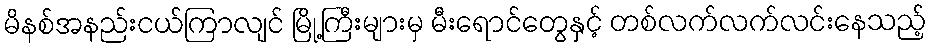
မိနစ်အနည်းငယ်ကြာလျင် မြို့ကြီးများမှ မီးရောင်တွေနှင့် တစ်လက်လက်လင်းနေသည့်